341_110448_Records_Relating_to_the_Collection_and_Dissemination_of_Intelligence_1948-1955-TS_CONT_No.2_2-5300-2-5399
Agency: Department of War
Incident date: 11/8/48
Incident location: Netherlands
Page 7
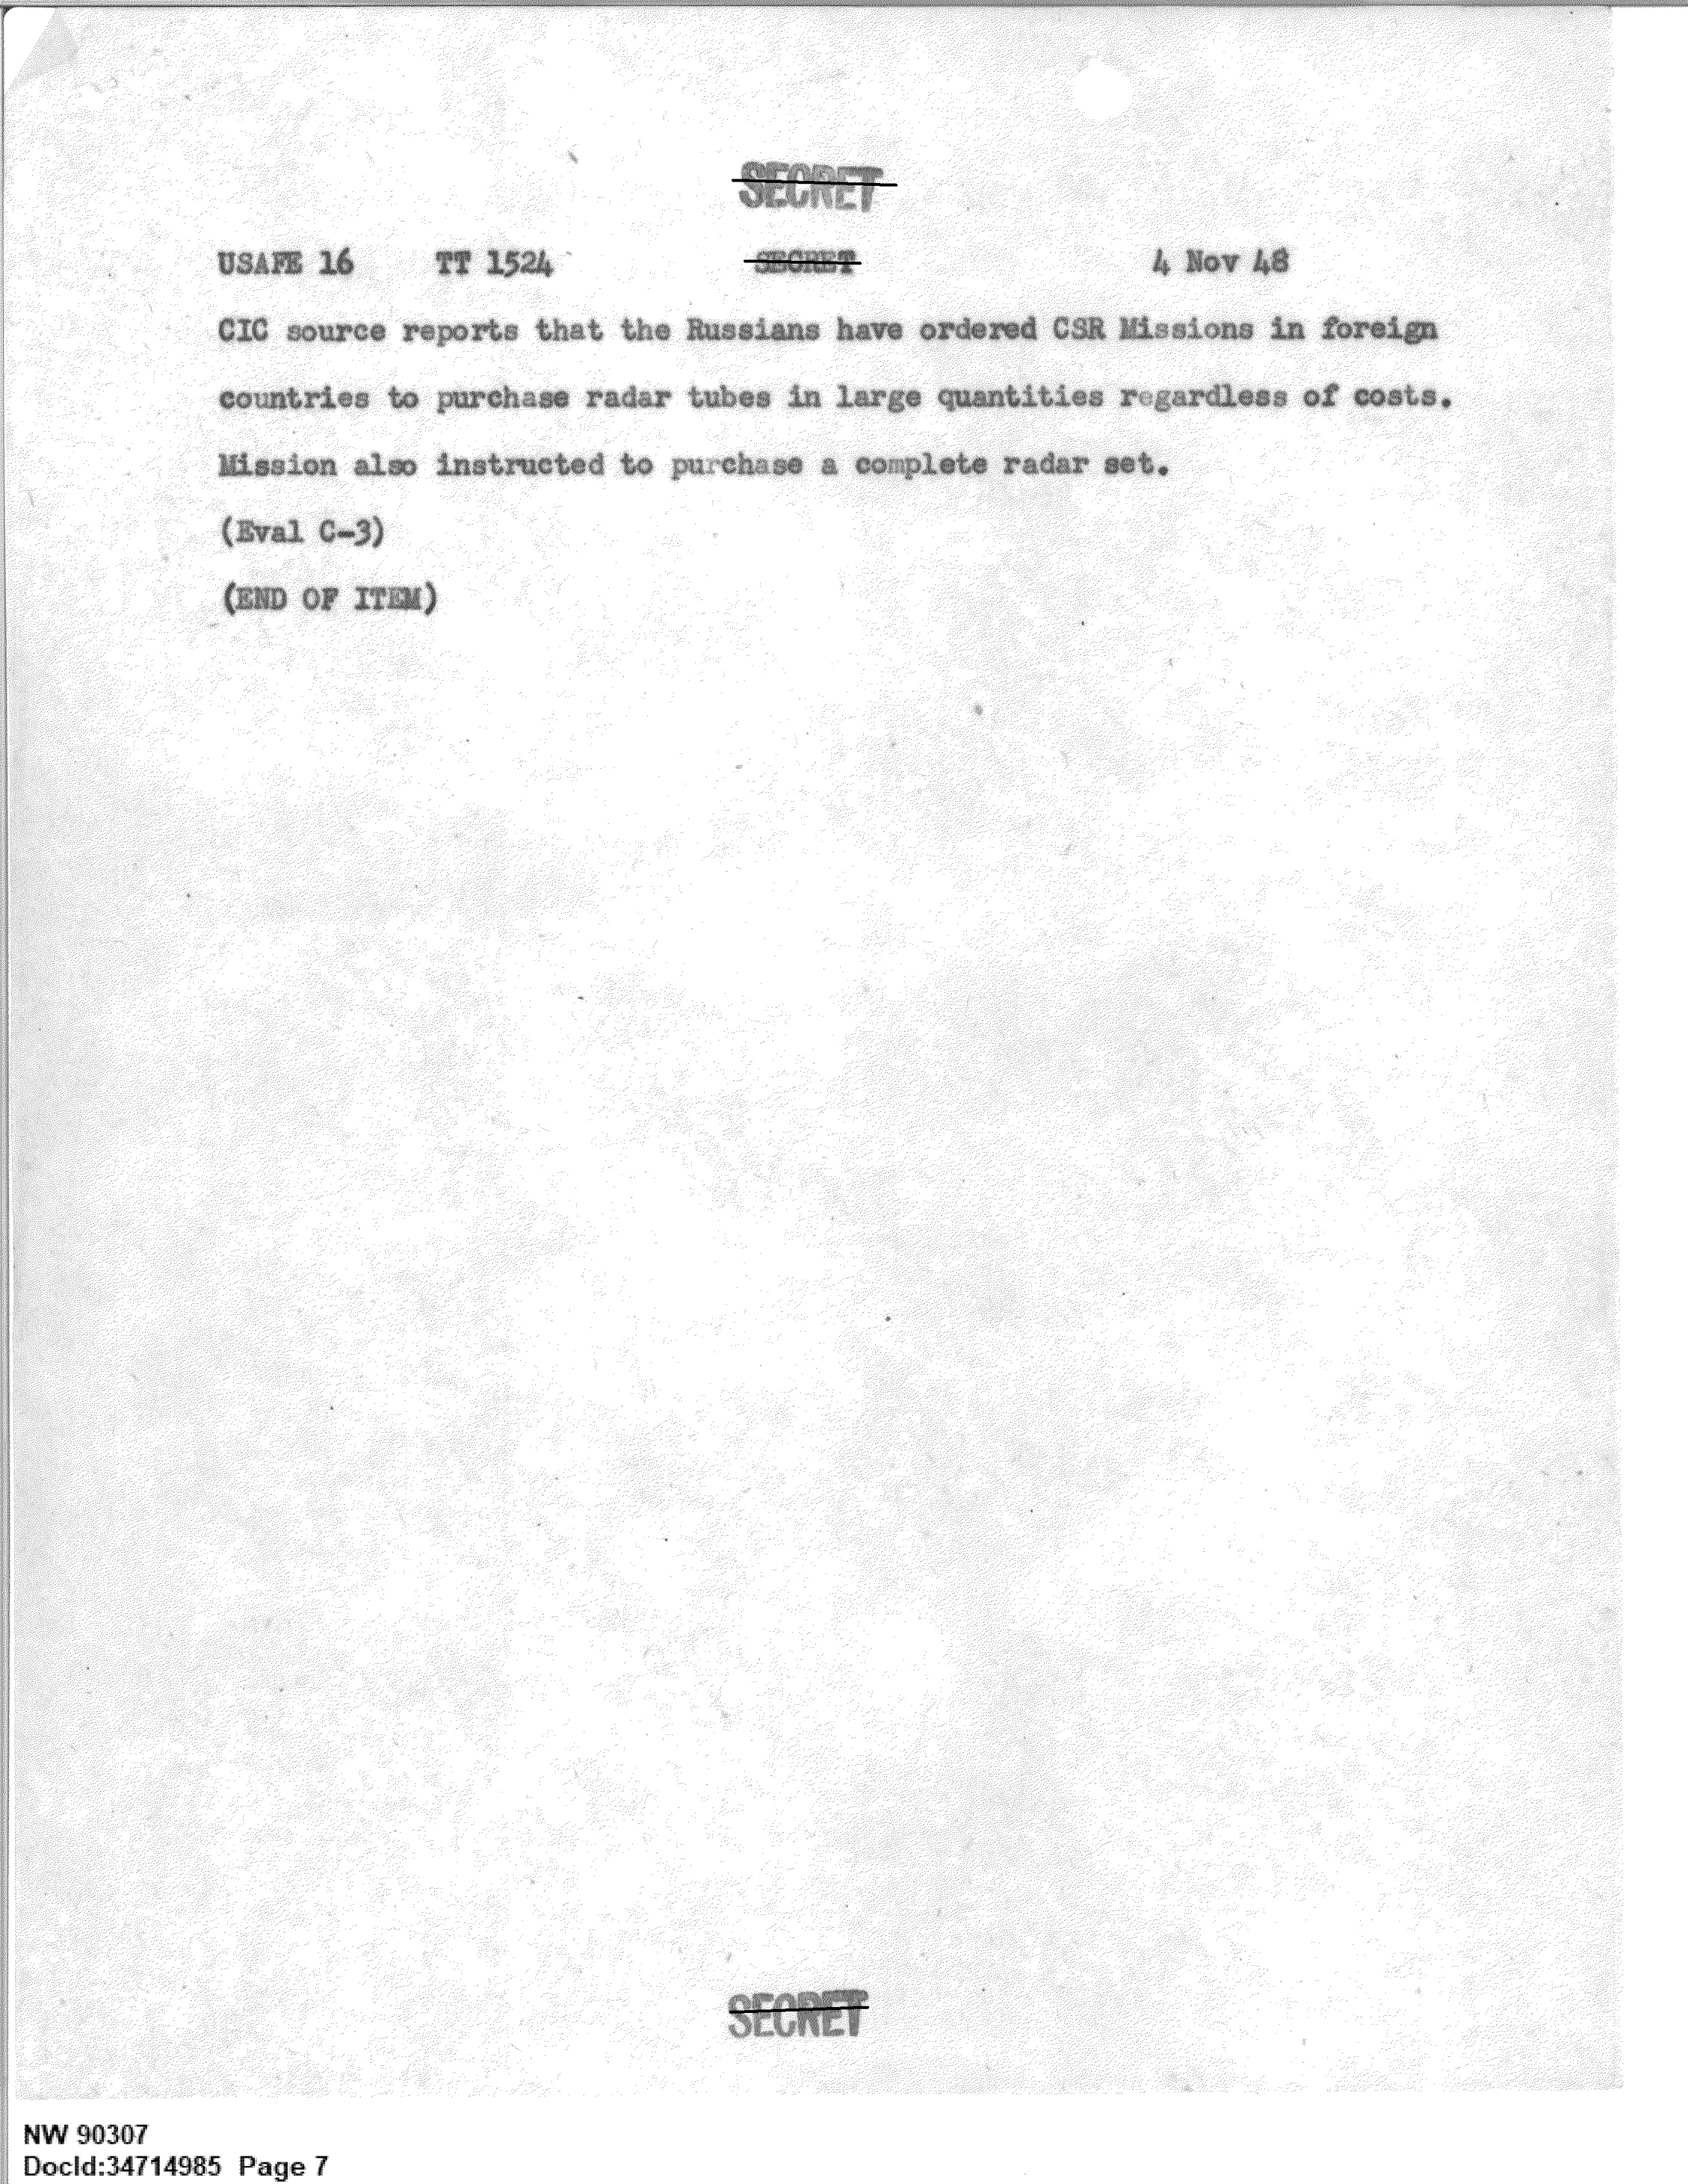